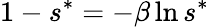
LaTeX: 1-s^{*}=-\beta\ln{s^{*}}